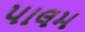
પાલમ